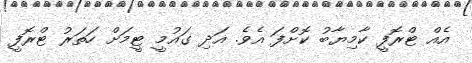
އެއް ޓްރޮފީ ކާމިޔާބު ކޮށްފަ އެވެ. އަދި ގައުމީ ޓީމަށް ހަތަރު ޓްރޮފީ